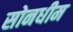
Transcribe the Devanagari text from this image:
सोनधीम